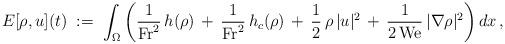
LaTeX: \begin{align*} E[\rho,u](t) \;:=\;\int_\Omega\left(\dfrac{1}{{\rm Fr}^2}\,h(\rho)\,+\,\dfrac{1}{{\rm Fr}^2}\,h_c(\rho)\,+\,\dfrac{1}{2}\,\rho\,|u|^2\,+\,\dfrac{1}{2\,{\rm We}}\,|\nabla\rho|^2\right)dx\,,\end{align*}